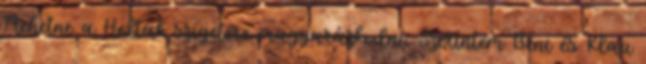
Mehetne a Holtak szigetére magyarázkodni. Szerintem Beni és Klau